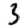
Digit: 3